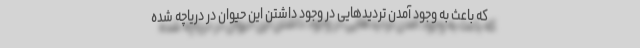
که باعث به وجود آمدن تردیدهایی در وجود داشتن این حیوان در دریاچه شده